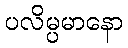
ပလိမ္ပမာနော